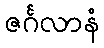
ဇင်္ဂလာနံ